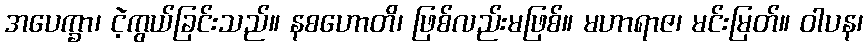
အပေက္ခာ၊ ငဲ့ကွယ်ခြင်းသည်။ နစဟောတိ၊ ဖြစ်လည်းမဖြစ်။ မဟာရာဇ၊ မင်းမြတ်။ ဝါပန၊